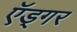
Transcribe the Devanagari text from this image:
ऍड्गर